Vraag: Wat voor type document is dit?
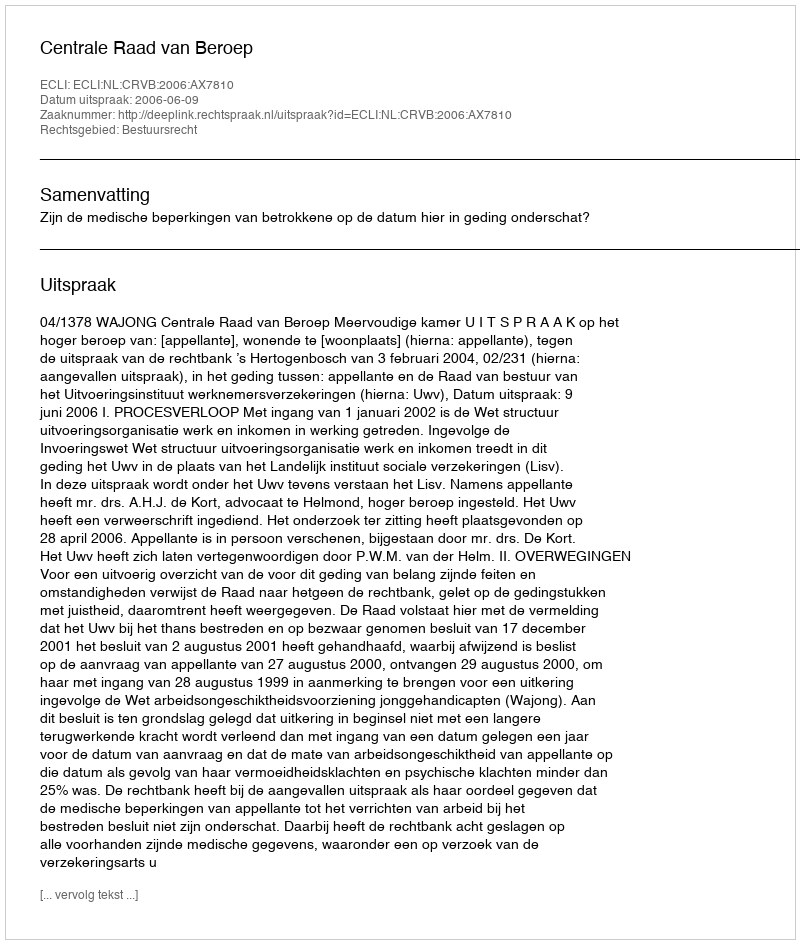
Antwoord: Uitspraak